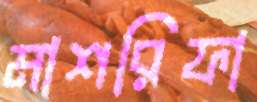
মাশরিফা